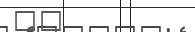
٦٨